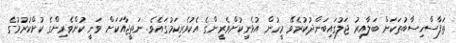
ތަފާސްހިސާބުތަކަށް ބަލާއިރު ޖަލުގައިބަންދުކުރެވޭ މީހުން އުޅެނީކުށްވެރީންގެ އެކުވެރިކަމުގައެވެ. ނަތީޖާއަކަށް ވަނީ ކުށްވެރިންގެ ކުށްކުރުމުގެ